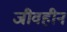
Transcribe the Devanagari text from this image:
जीवहीन